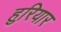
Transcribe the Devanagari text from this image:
हुरियार